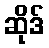
ဆိုဒ်